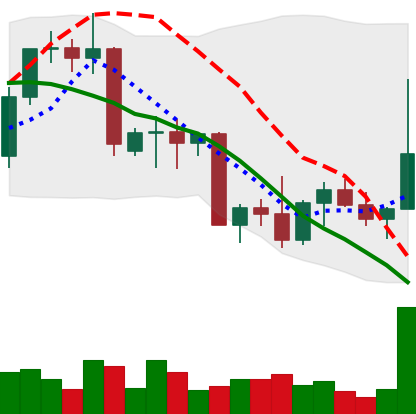
Ticker: NEO-USD
Chart end date: 2022-09-27
Forward return: -4.341%
Label: down_3_5